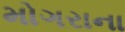
મોગરાના